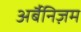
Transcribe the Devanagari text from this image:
अर्बैनिज़म